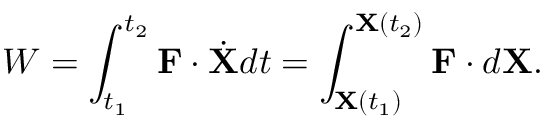
W = \int _ { t _ { 1 } } ^ { t _ { 2 } } \mathbf { F } \cdot { \dot { \mathbf { X } } } d t = \int _ { \mathbf { X } ( t _ { 1 } ) } ^ { \mathbf { X } ( t _ { 2 } ) } \mathbf { F } \cdot d \mathbf { X } .